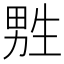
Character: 㽒